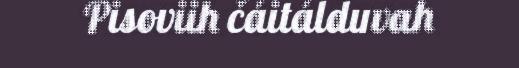
Pisoviih čáitálduvah